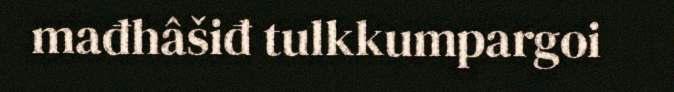
mađhâšiđ tulkkumpargoi